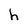
Character: h